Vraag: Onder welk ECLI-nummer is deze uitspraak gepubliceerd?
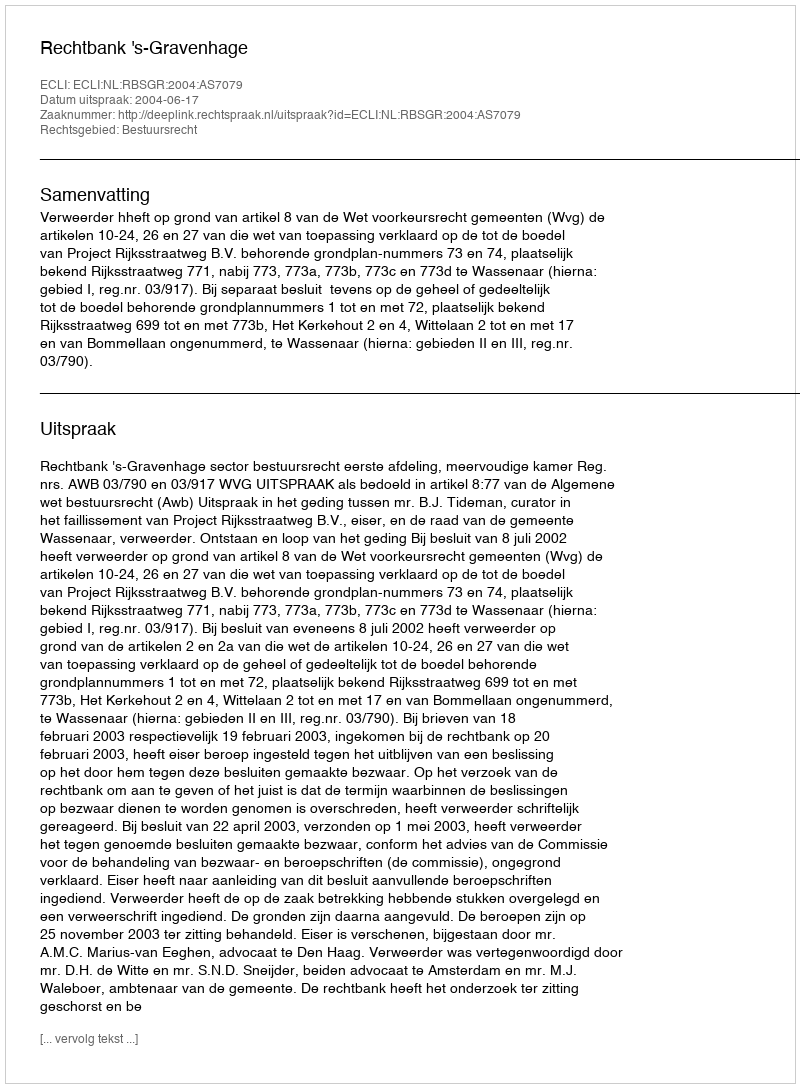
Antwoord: ECLI:NL:RBSGR:2004:AS7079